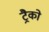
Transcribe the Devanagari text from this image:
ट्रैको